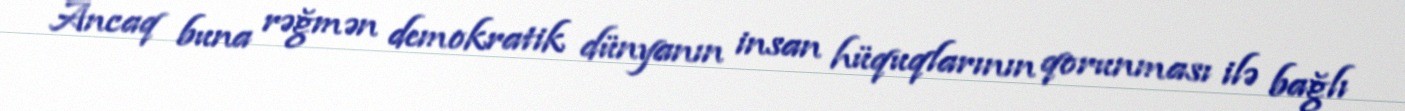
Ancaq buna rəğmən demokratik dünyanın insan hüquqlarının qorunması ilə bağlı